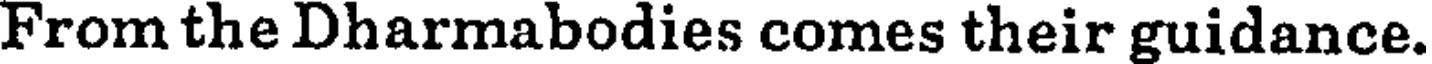
From the Dharmabodies comes their guidance.